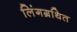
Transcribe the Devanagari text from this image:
लिंगग्रथित